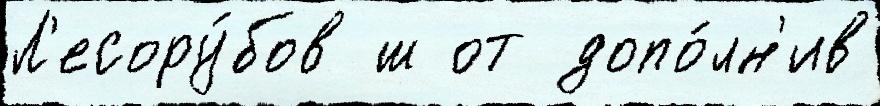
Л'есору́бов ш от допо́лн'ив